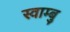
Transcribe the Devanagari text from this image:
स्वाम्बु